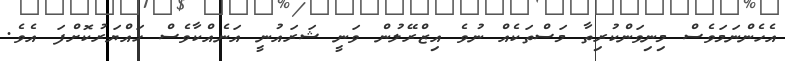
އެހެންނަމަވެސް މިނިވަންކުރިތާ މަސްތަކެއް ނުވެ އިޒްރޭލުން ވަނީ ޝަރައުނީ އަނެއްކާވެސް ހައްޔަރުކޮށްފަ އެވެ.